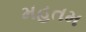
મહતમ